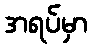
အရပ်မှာ